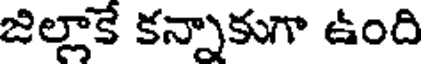
జిల్లాకే కన్నాకుగా ఉంది